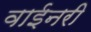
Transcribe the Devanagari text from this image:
वाईनरी